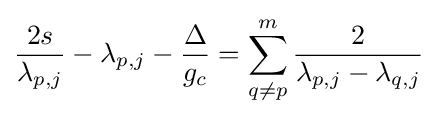
{\frac {2s}{\lambda _{p,j}}}-\lambda _{p,j}-{\frac {\Delta }{g_{c}}}=\sum _{q\neq p}^{m}{\frac {2}{\lambda _{p,j}-\lambda _{q,j}}}